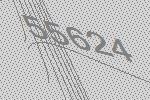
55624